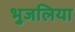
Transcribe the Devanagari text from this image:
भुजलिया